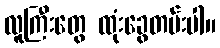
လူကြီးတွေ ထုံးခွေတမ်းပါ။